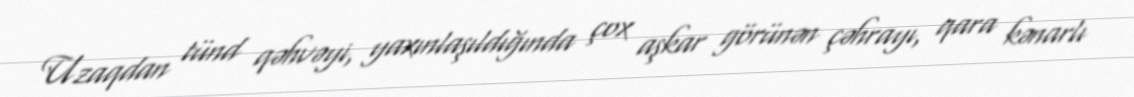
Uzaqdan tünd qəhvəyi, yaxınlaşıldığında çox aşkar görünən çəhrayı, qara kənarlı